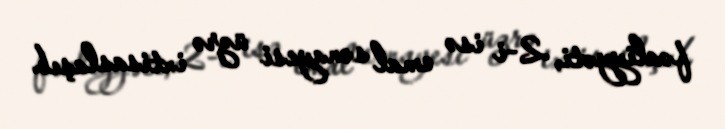
fəaliyyəti, 2-i isə emal sənayesi üzrə ixtisaslaşıb.